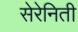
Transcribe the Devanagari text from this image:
सेरेनिती